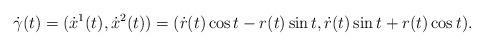
LaTeX: \begin{align*}\dot{\gamma}(t) = (\dot{x}^{1}(t),\dot{x}^{2}(t)) =(\dot{r}(t)\cos t-r(t)\sin t, \dot{r}(t)\sin t+r(t)\cos t).\end{align*}